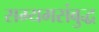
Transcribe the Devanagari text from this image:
सम्यमसंबुद्ध